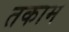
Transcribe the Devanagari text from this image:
तकाम